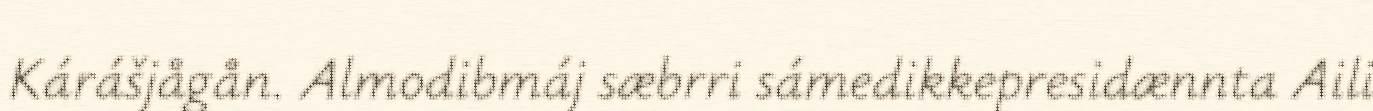
Kárášjågån. Almodibmáj sæbrri sámedikkepresidænnta Aili